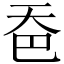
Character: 𪥉